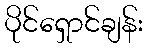
ပိုင်ရှောင်ချန်း